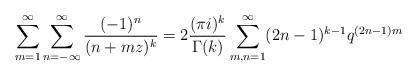
LaTeX: \begin{align*}\sum^{\infty}_{m=1}\sum^{\infty}_{n=-\infty}\frac{(-1)^n}{(n+mz)^k}=2\frac{(\pi i)^k}{\Gamma(k)}\sum^{\infty}_{m,n=1}(2n-1)^{k-1}q^{(2n-1)m}\end{align*}